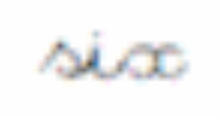
six